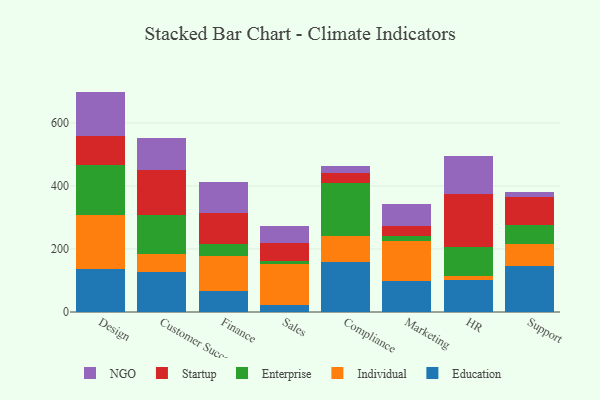
{"axis": {"x": "Department", "y": "Waste Production (Tons)"}, "legend": ["Education", "Enterprise", "Individual", "NGO", "Startup"], "data": [{"x": "Design", "y": 138.0, "type": "Education"}, {"x": "Design", "y": 169.4, "type": "Individual"}, {"x": "Design", "y": 158.8, "type": "Enterprise"}, {"x": "Design", "y": 93.1, "type": "Startup"}, {"x": "Design", "y": 140.0, "type": "NGO"}, {"x": "Customer Success", "y": 127.0, "type": "Education"}, {"x": "Customer Success", "y": 56.8, "type": "Individual"}, {"x": "Customer Success", "y": 124.8, "type": "Enterprise"}, {"x": "Customer Success", "y": 141.0, "type": "Startup"}, {"x": "Customer Success", "y": 103.7, "type": "NGO"}, {"x": "Finance", "y": 68.0, "type": "Education"}, {"x": "Finance", "y": 109.7, "type": "Individual"}, {"x": "Finance", "y": 38.3, "type": "Enterprise"}, {"x": "Finance", "y": 97.1, "type": "Startup"}, {"x": "Finance", "y": 98.6, "type": "NGO"}, {"x": "Sales", "y": 23.1, "type": "Education"}, {"x": "Sales", "y": 130.3, "type": "Individual"}, {"x": "Sales", "y": 7.0, "type": "Enterprise"}, {"x": "Sales", "y": 57.3, "type": "Startup"}, {"x": "Sales", "y": 54.3, "type": "NGO"}, {"x": "Compliance", "y": 159.8, "type": "Education"}, {"x": "Compliance", "y": 81.8, "type": "Individual"}, {"x": "Compliance", "y": 168.4, "type": "Enterprise"}, {"x": "Compliance", "y": 29.6, "type": "Startup"}, {"x": "Compliance", "y": 22.7, "type": "NGO"}, {"x": "Marketing", "y": 98.1, "type": "Education"}, {"x": "Marketing", "y": 125.9, "type": "Individual"}, {"x": "Marketing", "y": 17.1, "type": "Enterprise"}, {"x": "Marketing", "y": 32.6, "type": "Startup"}, {"x": "Marketing", "y": 69.6, "type": "NGO"}, {"x": "HR", "y": 102.5, "type": "Education"}, {"x": "HR", "y": 11.4, "type": "Individual"}, {"x": "HR", "y": 91.0, "type": "Enterprise"}, {"x": "HR", "y": 169.9, "type": "Startup"}, {"x": "HR", "y": 118.6, "type": "NGO"}, {"x": "Support", "y": 146.6, "type": "Education"}, {"x": "Support", "y": 70.1, "type": "Individual"}, {"x": "Support", "y": 60.9, "type": "Enterprise"}, {"x": "Support", "y": 87.6, "type": "Startup"}, {"x": "Support", "y": 14.5, "type": "NGO"}]}